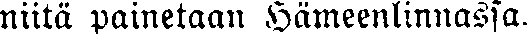
niitä painetaan Hämeenlinnassa.